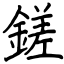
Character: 鎈